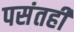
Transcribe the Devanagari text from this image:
पसंतही